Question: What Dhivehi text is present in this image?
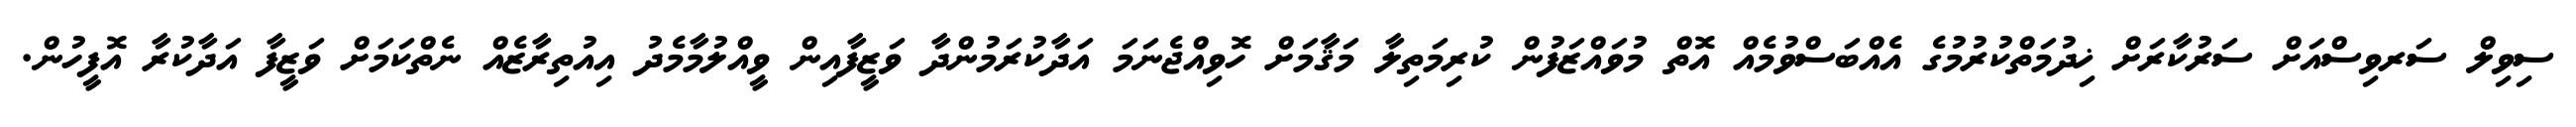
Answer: ސިވިލް ސަރވިސްއަށް ސަރުކާރަށް ޚިދުމަތްކުރުމުގެ އެއްބަސްވުމެއް އޮތް މުވައްޒަފުން ކުރިމަތިލާ މަޤާމަށް ހޮވިއްޖެނަމަ އަދާކުރަމުންދާ ވަޒީފާއިން ވީއްލުމާމެދު އިއުތިރާޒެއް ނެތްކަމަށް ވަޒީފާ އަދާކުރާ އޮފީހުން.